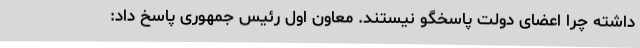
داشته چرا اعضای دولت پاسخگو نیستند. معاون اول رئیس جمهوری پاسخ داد: